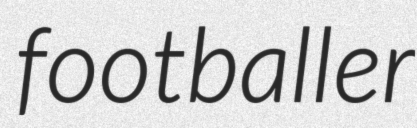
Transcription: footballer